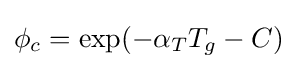
\phi _{c}=\exp(-\alpha _{T}T_{g}-C)